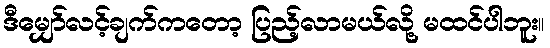
ဒီမျှော်လင့်ချက်ကတော့ ပြည့်လာမယ်လို့ မထင်ပါဘူး။